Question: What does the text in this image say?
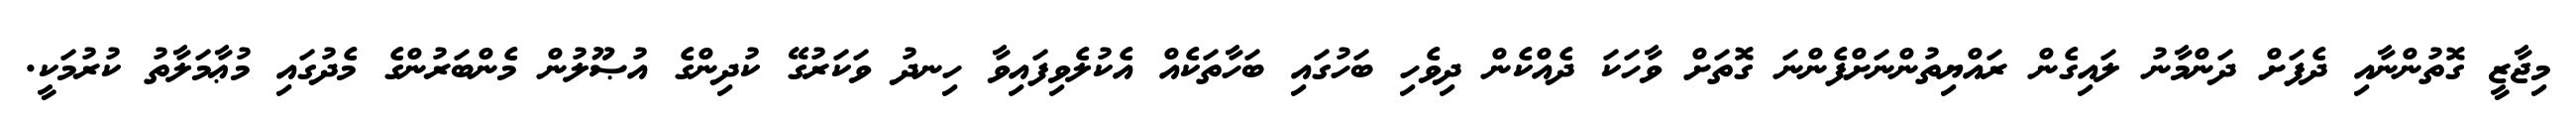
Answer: މިޖާޒީ ގޮތުންނާއި ދެފަށް ދަންމާނު ލައިގެން ރައްޔިތުންނަށްފެންނަ ގޮތަށް ވާހަކަ ދެއްކެން ދިވެހި ބަހުގައި ބަހާތަކެއް އެކުލެވިފައިވާ ހިނދު ވަކަރުގޭ ކުދިންގެ އުޞޫލުން މެންބަރުންގެ މެދުގައި މުޢާމަލާތު ކުރުމަކީ.